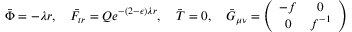
\bar { \Phi } = - \lambda r , ~ ~ ~ \bar { F } _ { t r } = Q e ^ { - ( 2 - \epsilon ) \lambda r } , ~ ~ ~ \bar { T } = 0 , ~ ~ ~ \bar { G } _ { \mu \nu } = \left( \begin{array} { c c } { { - f } } & { { 0 } } \\ { { 0 } } & { { f ^ { - 1 } } } \end{array} \right)